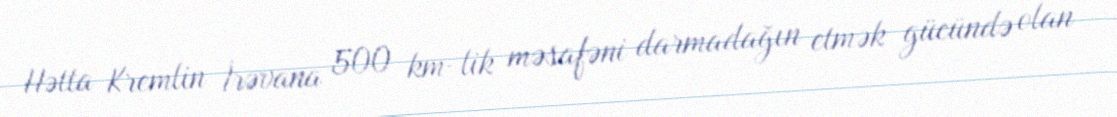
Hətta Kremlin İrəvana 500 km-lik məsafəni darmadağın etmək gücündə olan